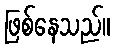
ဖြစ်နေသည်။